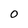
Character: 0